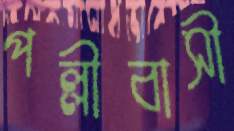
পল্লীবাসী